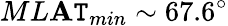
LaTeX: ML\mathbf{A}\mathtt{T}_{min}\sim67.6^{\circ}